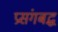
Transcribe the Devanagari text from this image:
प्रसंगबद्ध